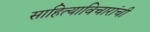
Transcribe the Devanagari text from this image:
साहित्याविचारांची